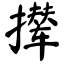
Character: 撵